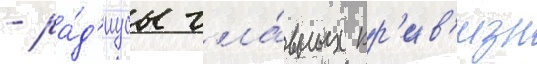
- ра́д'иусы гла́вных кр'ив'изн